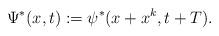
LaTeX: \begin{align*}\Psi^*(x,t):= \psi^*(x+x^k, t+T).\end{align*}